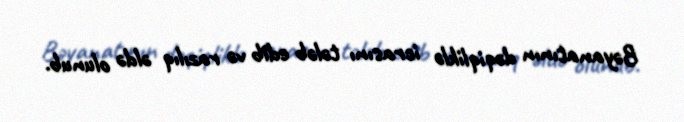
Bəyanatının dəqiqliklə icrasını tələb edib və razılıq əldə olunub.